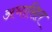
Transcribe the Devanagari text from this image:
अभासित